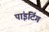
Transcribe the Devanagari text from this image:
पांइटिंग